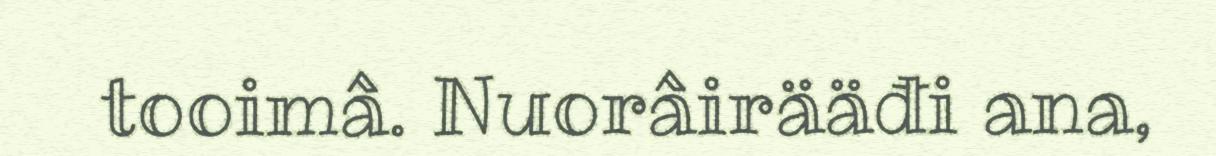
tooimâ. Nuorâirääđi ana,